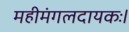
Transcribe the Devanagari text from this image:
महीमंगलदायकः।